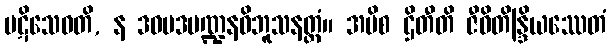
ပဋိသေဝတိ, န ဒဝမဒမဏ္ဍနဝိဘူသနတ္ထံ။ အပိစ ဌိတီတိ ဇီဝိတိန္ဒြိယဿေတံ